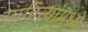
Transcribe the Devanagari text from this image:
साहित्यांमध्ये